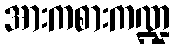
အားကစားကဏ္ဍ